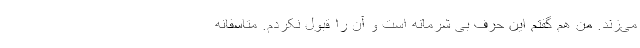
می‌زند. من هم گفتم این حرف بی شرمانه است و آن را قبول نکردم. متاسفانه